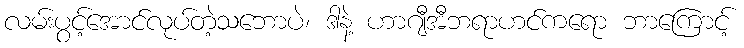
လမ်းပွင့်အောင်လုပ်တဲ့သဘောပဲ၊ ဒါနဲ့ ဟာဂျီအီဘရာဟင်ကရော ဘာကြောင့်